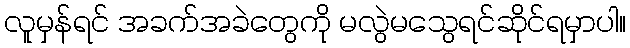
လူမှန်ရင် အခက်အခဲတွေကို မလွဲမသွေရင်ဆိုင်ရမှာပါ။